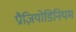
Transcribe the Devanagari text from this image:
प्रौज़ियोडिनियम